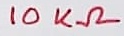
Text: 10KΩ